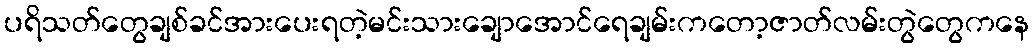
ပရိသတ်တွေချစ်ခင်အားပေးရတဲ့မင်းသားချောအောင်ရေချမ်းကတော့ဇာတ်လမ်းတွဲတွေကနေ